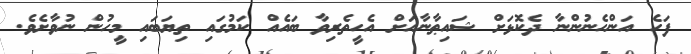
ފަހެ އަންހެނުންނާ ދެކޮޅަށް ޝައިޠާނާއަށް އެހީތެރިވާ ބައެއް ކަމުގައި ތިޔަބައި މީހުން ނުވާށެވެ.